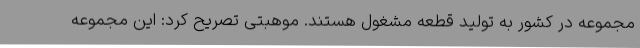
مجموعه در کشور به تولید قطعه مشغول هستند. موهبتی تصریح کرد: این مجموعه